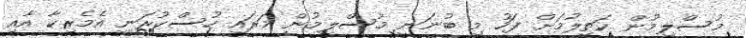
މުސްލިމުން ކަތިލުމަށް ފަހު މި ބުނަނީ މުސްލިމުން މަރައި ހުސްކުރަނީ އެމެރިކާ އާއި